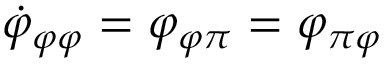
\dot { \varphi } _ { \varphi \varphi } = \varphi _ { \varphi \pi } = \varphi _ { \pi \varphi }